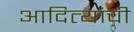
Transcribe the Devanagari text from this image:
आदित्यांची